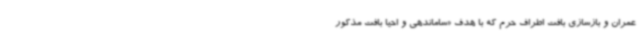
عمران و بازسازی بافت اطراف حرم که با هدف «ساماندهی و احیا بافت مذکور